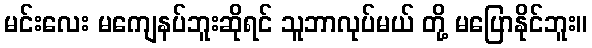
မင်းလေး မကျေနပ်ဘူးဆိုရင် သူဘာလုပ်မယ် တို့ မပြောနိုင်ဘူး။